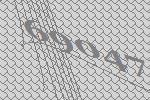
69047